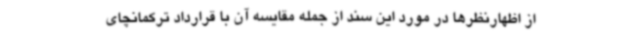
از اظهارنظرها در مورد این سند از جمله مقایسه آن با قرارداد ترکمانچای